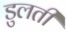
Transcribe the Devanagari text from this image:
डुलती